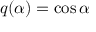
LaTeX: q ( \alpha ) = \cos { \alpha }